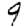
Digit: 9